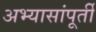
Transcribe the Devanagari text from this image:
अभ्यासांपूर्ती